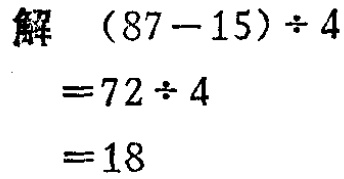
解

\[

\begin{align*}

(87 - 15)\div 4&=72\div 4\\

&= 18

\end{align*}

\]